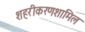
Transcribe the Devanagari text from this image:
शहरीकरणशामिल